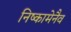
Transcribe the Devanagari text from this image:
निष्कामेनैव